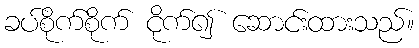
ခပ်စိုက်စိုက် ငိုက်၍ ဆောင်းထားသည်။